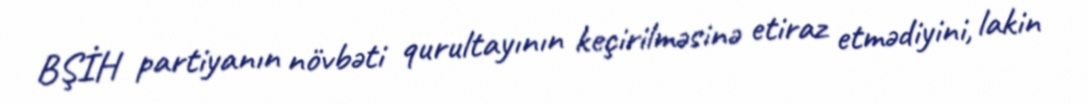
BŞİH partiyanın növbəti qurultayının keçirilməsinə etiraz etmədiyini, lakin